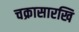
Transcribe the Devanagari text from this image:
चक्रासारखि